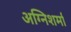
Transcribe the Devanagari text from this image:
अग्निशर्मा